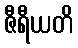
ဇီရီယတိ